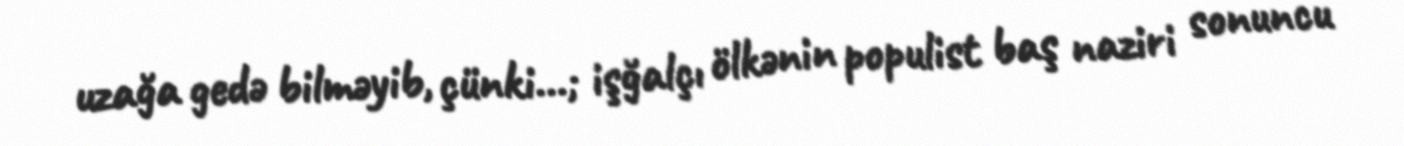
uzağa gedə bilməyib, çünki...; işğalçı ölkənin populist baş naziri sonuncu